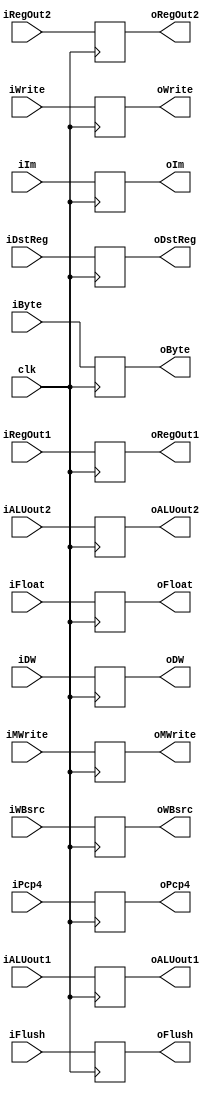
module EXMEM ( clk,
iFlush, iByte, iWrite, iFloat,
iWBsrc, iMWrite, iDW,
iALUout1, iALUout2, iPcp4,
iRegOut1, iRegOut2, iDstReg, iIm,
oFlush, oByte, oWrite, oFloat,
oWBsrc, oMWrite, oDW,
oALUout1, oALUout2, oPcp4,
oRegOut1, oRegOut2, oDstReg, oIm
);


    input clk;

    input iFlush, iByte, iWrite, iFloat;
    input [1:0] iWBsrc;
    input iMWrite, iDW;
    input [31:0] iALUout1, iALUout2, iPcp4; 
    input [31:0] iRegOut1, iRegOut2, iIm;
    input [4:0] iDstReg;

    output oFlush, oByte, oWrite, oFloat;
    output [1:0] oWBsrc;
    output oMWrite, oDW;
    output [31:0] oALUout1, oALUout2, oPcp4; 
    output [31:0] oRegOut1, oRegOut2, oIm;
    output [4:0] oDstReg;

    reg internal_Flush, internal_Byte, internal_Write, internal_Float;
    reg [1:0] internal_WBsrc; 
    reg internal_MWrite, internal_DW;
    reg [31:0] internal_ALUout1, internal_ALUout2, internal_Pcp4;
    reg [31:0] internal_RegOut1, internal_RegOut2, internal_Im;
    reg [4:0] internal_DstReg;

    assign oFlush = internal_Flush;
    assign oByte = internal_Byte; 
    assign oWrite = internal_Write; 
    assign oFloat = internal_Float;
    assign oWBsrc = internal_WBsrc;
    assign oMWrite = internal_MWrite;
    assign oDW = internal_DW;
    assign oALUout1 = internal_ALUout1;
    assign oALUout2 = internal_ALUout2;
    assign oPcp4 = internal_Pcp4;
    assign oRegOut1 = internal_RegOut1;
    assign oRegOut2 = internal_RegOut2; 
    assign oIm = internal_Im;
    assign oDstReg = internal_DstReg; 

    initial begin
        internal_Flush = 0;
        internal_Byte = 0;
        internal_Write = 0;
        internal_Float = 0;
        internal_WBsrc= 0;
        internal_MWrite = 0;
        internal_DW = 0;
        internal_ALUout1 = 0;
        internal_ALUout2 = 0;
        internal_Pcp4 = 0;
        internal_RegOut1 = 0;
        internal_RegOut2 = 0;
        internal_Im = 0;
        internal_DstReg = 0;
    end

    always @(posedge clk) begin
        internal_Flush <= iFlush;
        internal_Byte <= iByte;
        internal_Write <= iWrite;
        internal_Float <= iFloat;
        internal_WBsrc <= iWBsrc;
        internal_MWrite <= iMWrite;
        internal_DW <= iDW;
        internal_ALUout1 <= iALUout1;
        internal_ALUout2 <= iALUout2;
        internal_Pcp4 <= iPcp4;
        internal_RegOut1 <= iRegOut1;
        internal_RegOut2 <= iRegOut2;
        internal_Im <= iIm;
        internal_DstReg <= iDstReg;
    end

endmodule